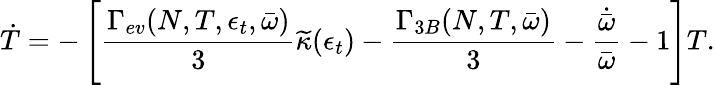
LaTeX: \dot{T}=-\left[\frac{\Gamma_{ev}(N,T,\epsilon_{t},\bar{\omega})}{3}{\widetilde{\kappa}(\epsilon_{t})}-\frac{\Gamma_{3B}(N,T,\bar{\omega})}{3}-\frac{\dot{\bar{\omega}}}{\bar{\omega}}-1\right]T.